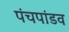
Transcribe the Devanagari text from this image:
पंचपांडव